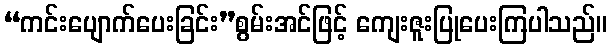
“ကင်းပျောက်ပေးခြင်း”စွမ်းအင်ဖြင့် ကျေးဇူးပြုပေးကြပါသည်။